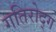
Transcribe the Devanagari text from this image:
गतिरोद्ग